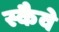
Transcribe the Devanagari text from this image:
स्कैवे